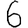
Digit: 6